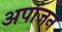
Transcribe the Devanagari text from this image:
अपांजन